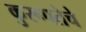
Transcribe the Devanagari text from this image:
कुरूपतेचे